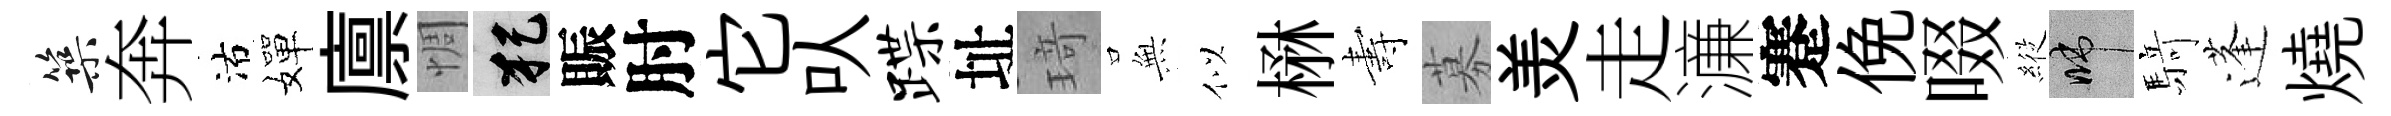
築奔沽嬋廪惆犯賑肘它㕥蹀址𤦺𭴾似楙夀募羙走濓蹇俛啜𦂵啼𮪍蓬燒